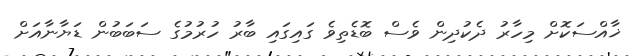
ޚާއްސަކޮށް މިހާރު ދެކުދިން ވެސް ބޮޑެތިވެ ގައިގައި ބާރު ހުރުމުގެ ސަބަބުން ޑަޔާނާއަށް